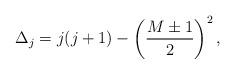
LaTeX: \begin{align*}\Delta_j=j(j+1)-\left({M\pm 1\over 2}\right)^2,\end{align*}